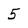
Character: 5